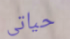
حياتى